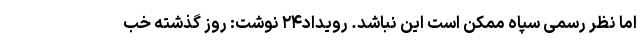
اما نظر رسمی سپاه ممکن است این نباشد. رویداد۲۴ نوشت: روز گذشته خب